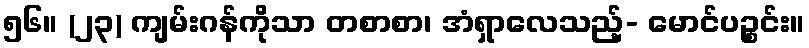
၅၆။ (၂၃) ကျမ်းဂန်ကိုသာ တစာစာ၊ အံရှာလေသည့်- မောင်ပဉ္စင်း။